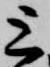
上